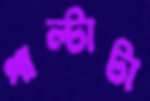
পাল্টাটা